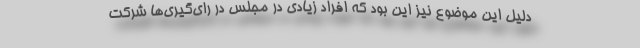
دلیل این موضوع نیز این بود که افراد زیادی در مجلس در رای‌گیری‌ها شرکت